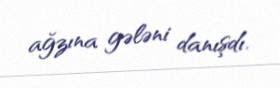
ağzına gələni danışdı.